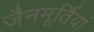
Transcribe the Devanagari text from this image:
जैनमूर्तियां